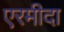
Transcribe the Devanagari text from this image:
एरमीदा